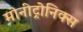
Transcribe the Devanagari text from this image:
मोनीट्रोनिक्स